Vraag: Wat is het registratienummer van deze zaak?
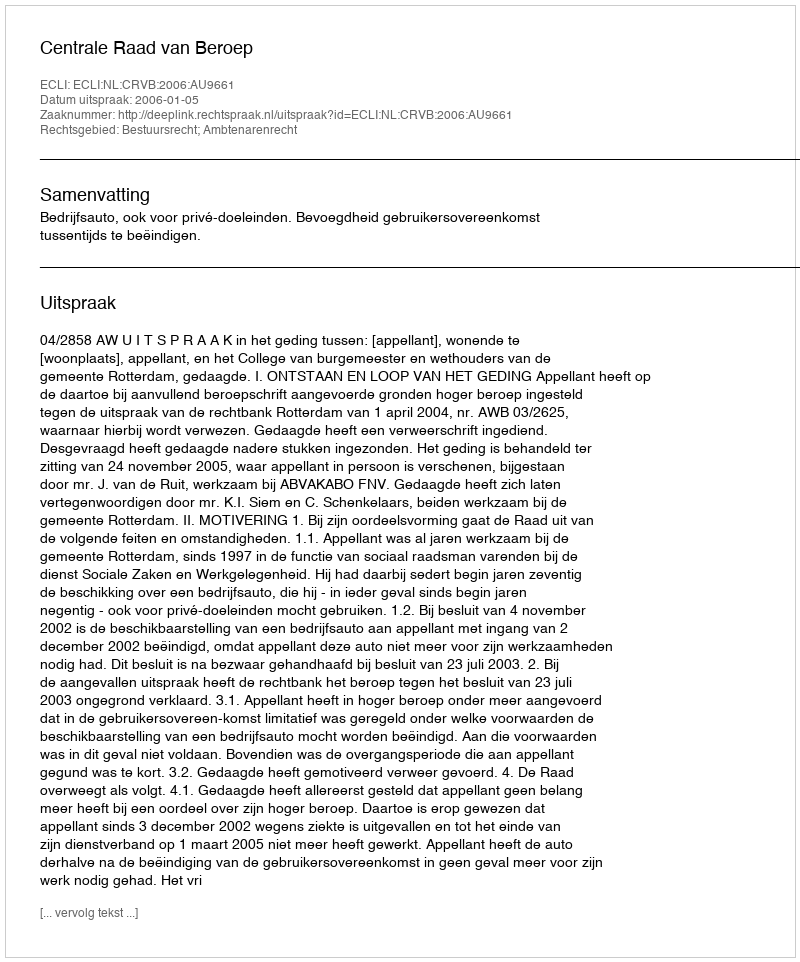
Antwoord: http://deeplink.rechtspraak.nl/uitspraak?id=ECLI:NL:CRVB:2006:AU9661